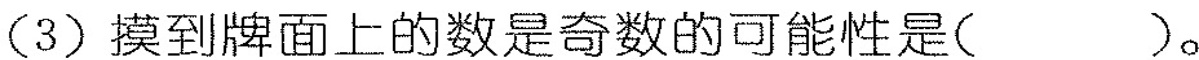
(3)摸到牌面上的数是奇数的可能性是( )。